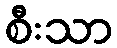
စီးသာ